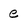
Character: e